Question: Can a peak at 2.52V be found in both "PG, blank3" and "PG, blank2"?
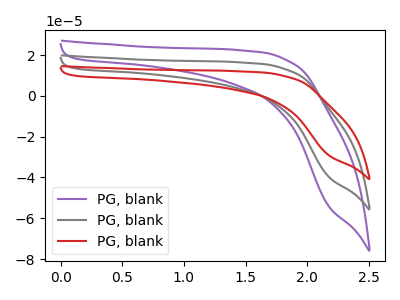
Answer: <think>The purple curve "PG, blank1" has no peaks. The gray curve "PG, blank2" has no peaks. The red curve "PG, blank3" has no peaks.</think>
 <answer>No, "PG, blank3" and "PG, blank2" dont share a peak at 2.52V.</answer>
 <eval>mismatch</eval>